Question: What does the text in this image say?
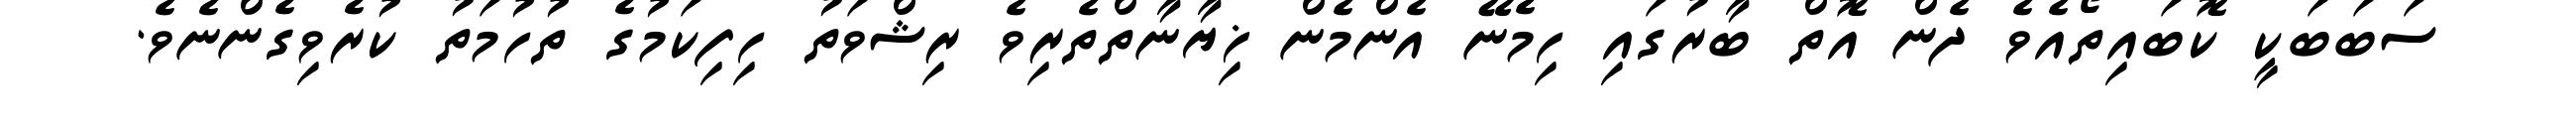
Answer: ސަބަބަކީ ކޮބައިތޯއެވެ ދެން އޮތް ބާރުގައި ހިމެނޭ އެންމެން ޚިޔާނާތްތެރިވެ ރިޝްވަތު ހިފިކަމުގެ ތުހުމަތު ކުރެވިގެންނެވެ.